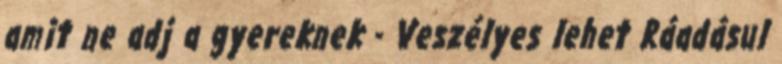
amit ne adj a gyereknek - Veszélyes lehet Ráadásul